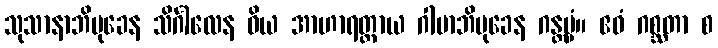
သုသာနာဘိမုခေန သိင်္ဂါလေန ဝိယ အာဟာရတ္ထာယ ဂါမာဘိမုခေန ဂန္တဗ္ဗံ။ ဧဝံ ဂစ္ဆတာ စ